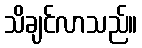
သိချင်လာသည်။